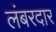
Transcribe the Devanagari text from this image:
लंबरदार